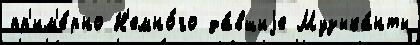
пр'им'е́рно Н'емно́го да́вшиjе Музыка́нты